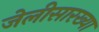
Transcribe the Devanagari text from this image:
जेलीसारख्या